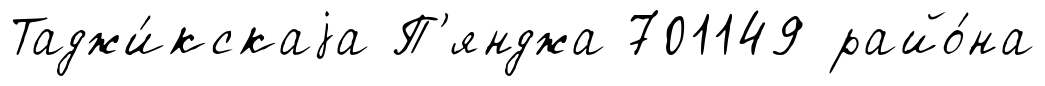
Таджи́кскаjа П'янджа 701149 райо́на